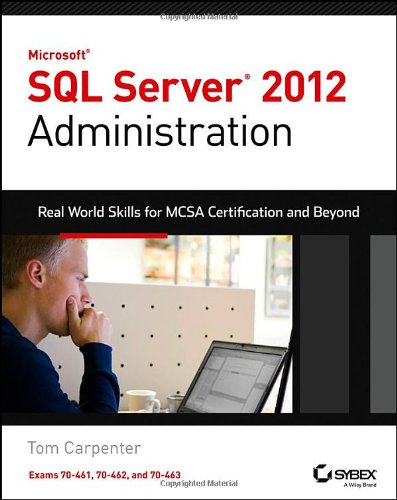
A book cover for Microsoft SQL Server 2012 Administration: Real-World Skills for MCSA Certification and Beyond (Exams 70-461, 70-462, and 70-463); Tom Carpenter; Computers & Technology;